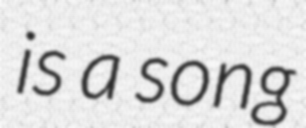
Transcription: is a song